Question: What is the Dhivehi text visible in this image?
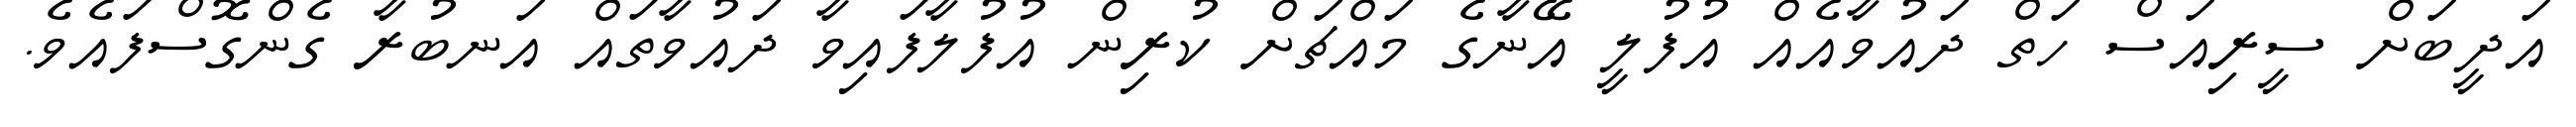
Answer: އަދީބަށް ސީރިއަސް ހަތް ދައުވާއެއް އުފުލީ އޭނާގެ މައްޗަށް ކުރިން އުފުލާފައިވާ ދައުވާތައް އަނބުރާ ގެންގޮސްފައެވެ.